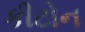
કીટોન